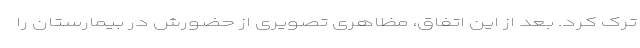
ترک کرد. بعد از این اتفاق، مظاهری تصویری از حضورش در بیمارستان را